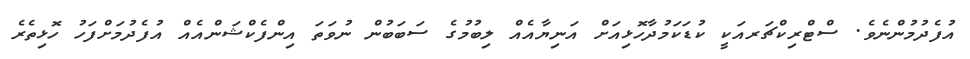
އުފެދުމުންނެވެ. ސްޓްރިކްޗަރއަކީ ކުޑަކަމުދާހޮޅިއަށް އަނިޔާއެއް ލިބުމުގެ ސަބަބުން ނުވަތަ އިންފެކްޝަންއެއް އުފެދުމަށްފަހު ހޮޅިތެރެ